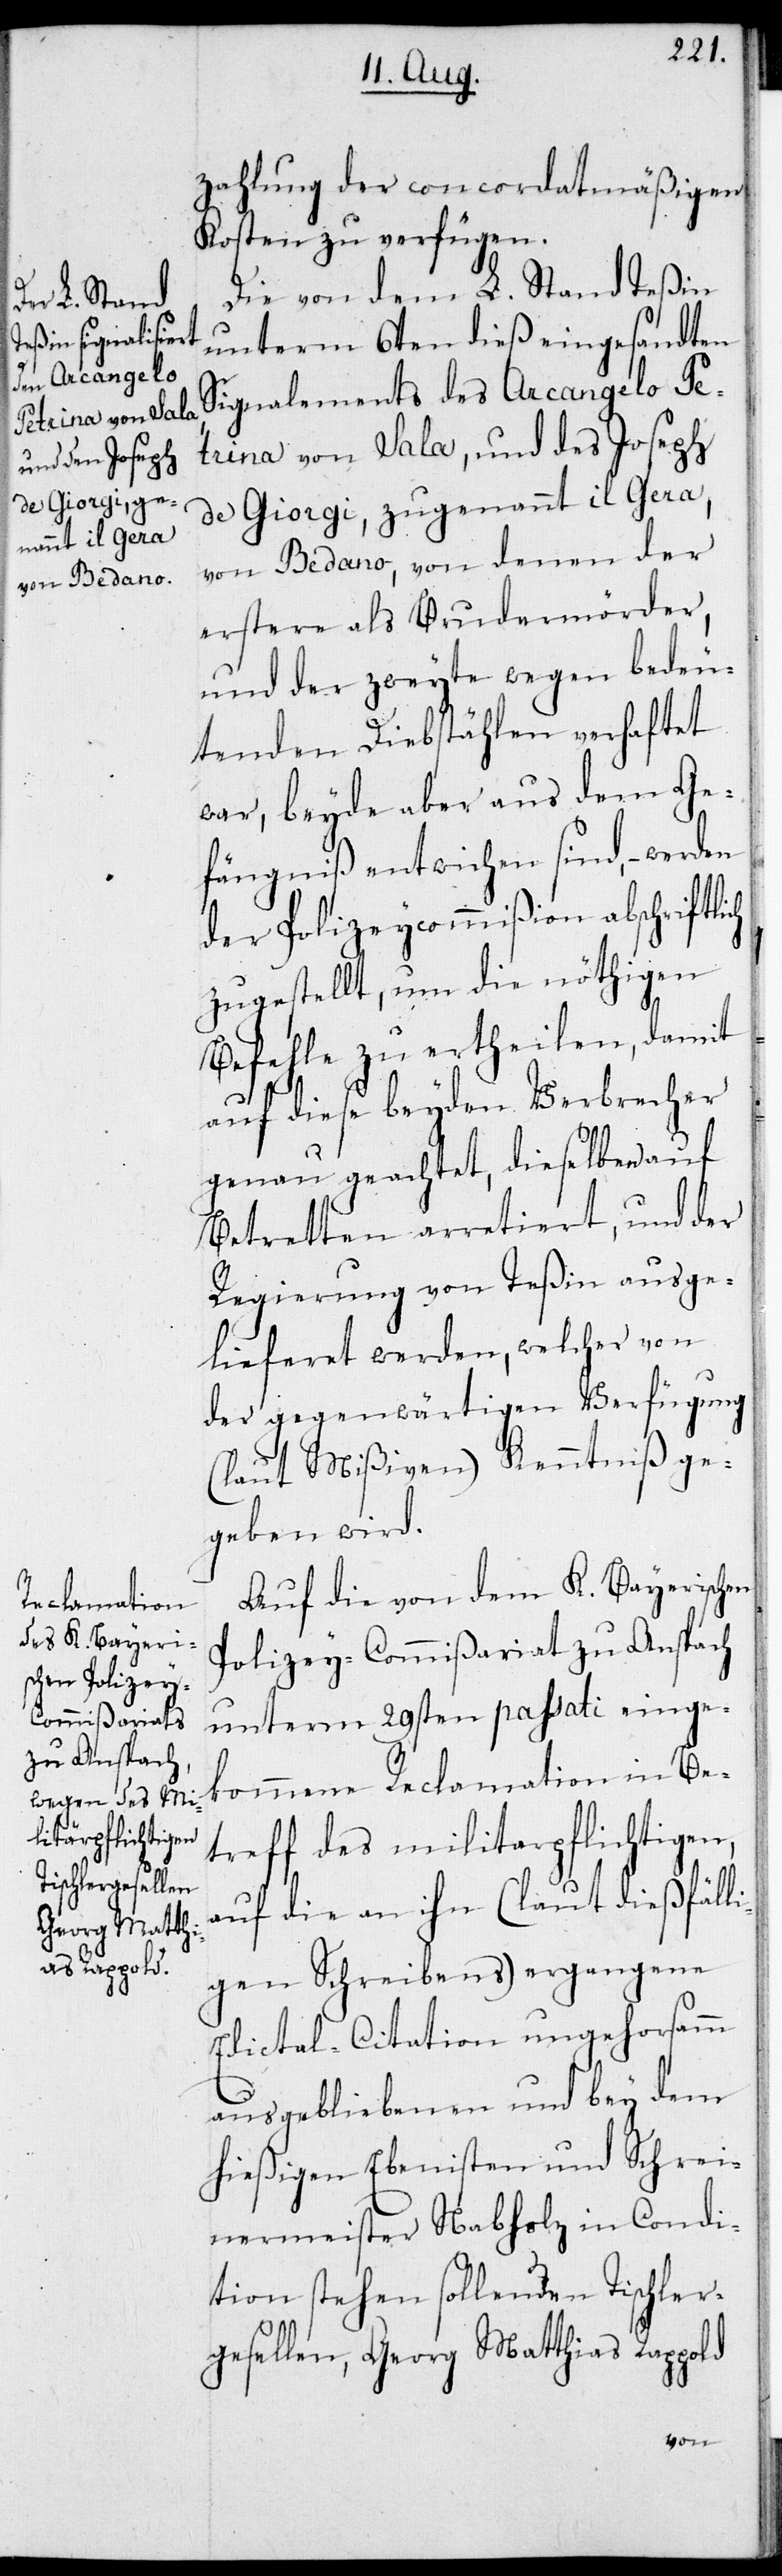
zahlung der concordatmäßigen
Kosten zu verfügen.
Die von dem L. Stand Teßin
unterm 6ten dieß eingesandten
Signalements des Arcangelo Pe¬
trina von Sala, und des Joseph
de Giorgi, zugenannt il Gera,
von Bedano, von denen der
erstere als Brudermörder,
und der zweyte wegen bedeu¬
tenden Diebstählen verhaftet
war, beyde aber aus dem Ge¬
fängniß entwichen sind, – werden
der Polizeycommißion abschriftlich
zugestellt, um die nöthigen
Befehle zu ertheilen, damit
auf diese beyden Verbrecher
genau geachtet, dieselben auf
Betretten arretiert, und der
Regierung von Teßin ausge¬
lieferet werden, welcher von
der gegenwärtigen Verfügung
(laut Mißiven) Kenntniß ge¬
geben wird.
Auf die von dem K. Bayerischen
Polizey-Commißariat zu Anspach
unterm 29sten passati einge¬
kommene Reclamation in Be¬
treff des militarpflichtigen,
auf die an ihn (laut dießfäll¬
igen Schreibens) ergangene
Edictal-Citation ungehorsamm
ausgebliebenen und bey dem
hießigen Ebenisten und Schrei¬
nermeister Nabholz in Condi¬
tion stehen sollenden Tischler¬
gesellen, Georg Matthias Rappold